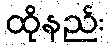
ထိုနည်း